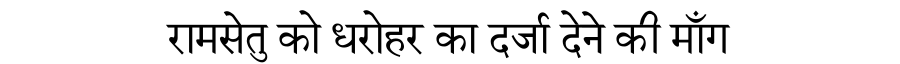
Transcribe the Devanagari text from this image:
रामसेतु को धरोहर का दर्जा देने की माँग